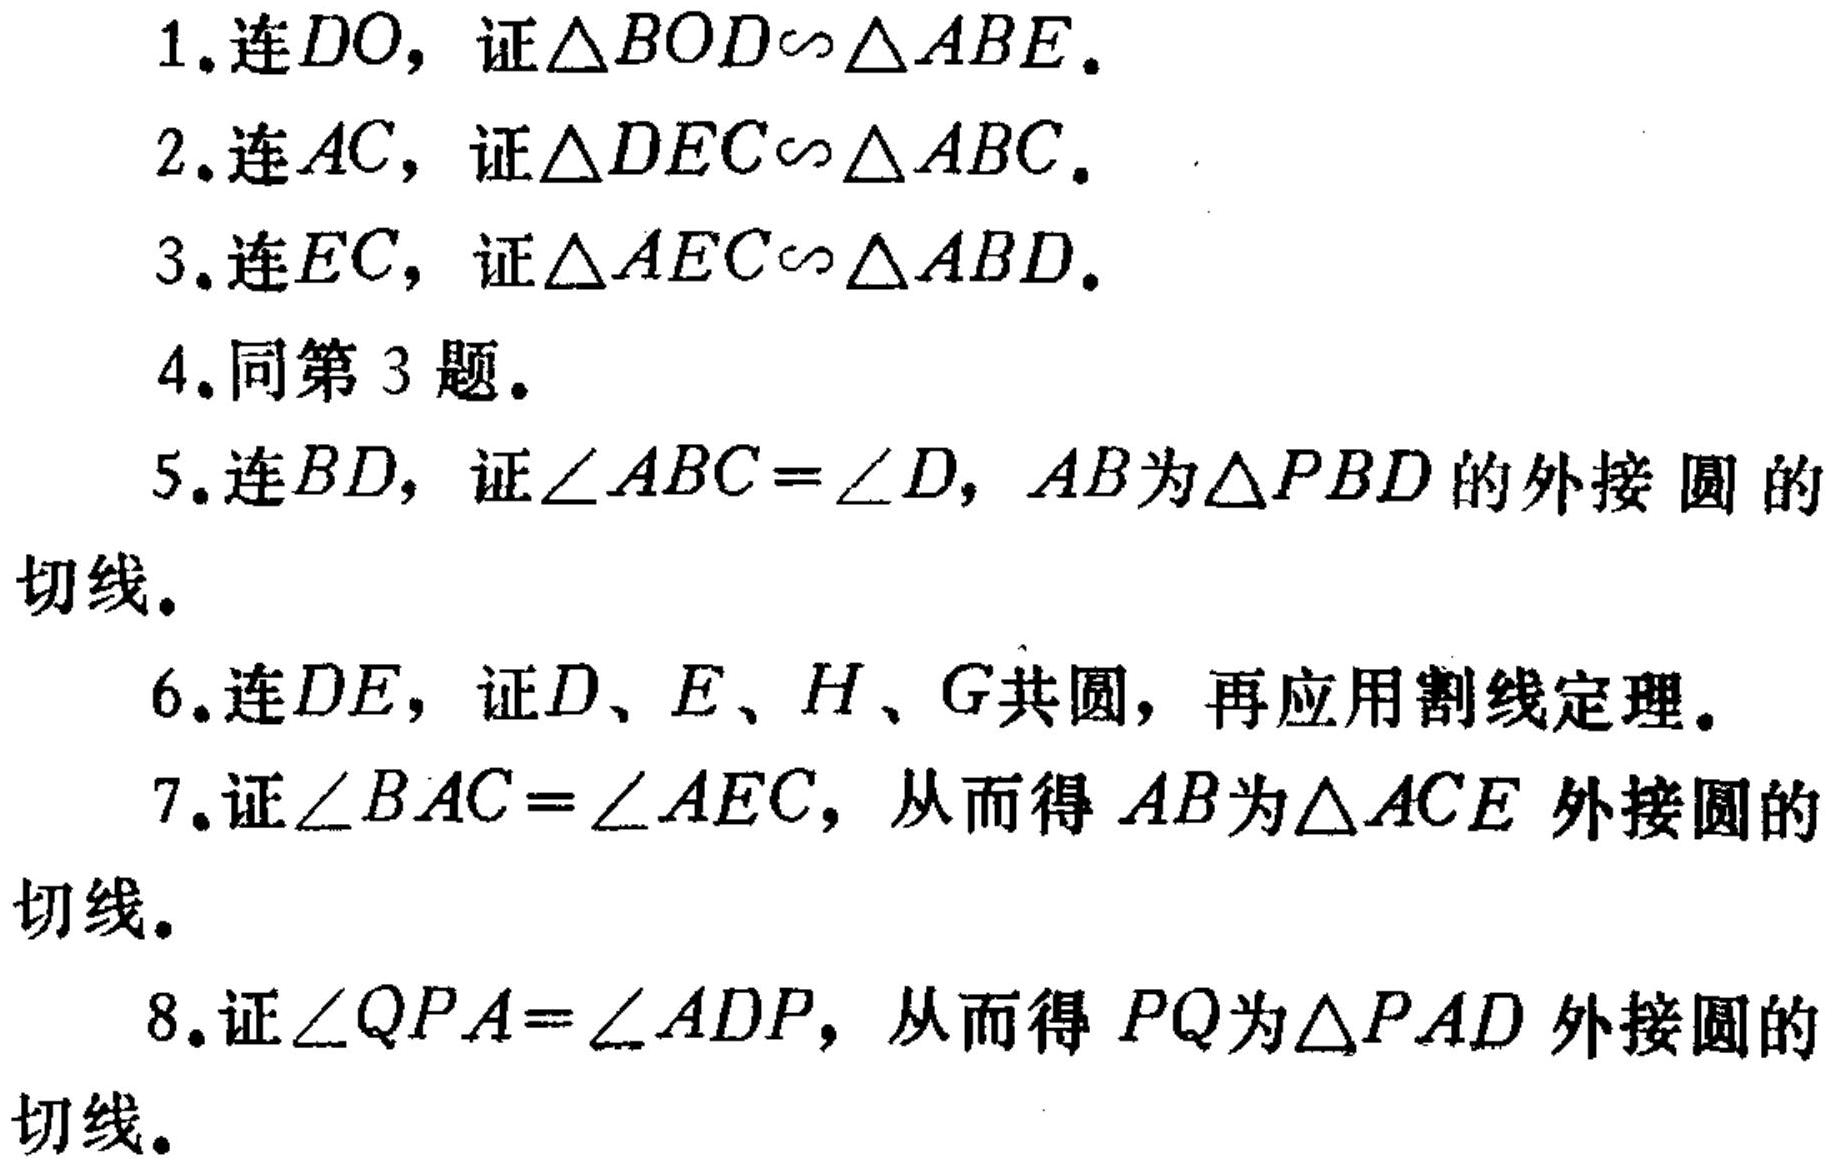
1.连\(DO\)，证\(\triangle BOD\sim\triangle ABE\).
2.连\(AC\)，证\(\triangle DEC\sim\triangle ABC\).
3.连\(EC\)，证\(\triangle AEC\sim\triangle ABD\).
4.同第3题.
5.连\(BD\)，证\(\angle ABC = \angle D\)，\(AB\)为\(\triangle PBD\)的外接圆的切线.
6.连\(DE\)，证\(D\)、\(E\)、\(H\)、\(G\)共圆，再应用割线定理.
7.证\(\angle BAC=\angle AEC\)，从而得\(AB\)为\(\triangle ACE\)外接圆的切线.
8.证\(\angle QPA = \angle ADP\)，从而得\(PQ\)为\(\triangle PAD\)外接圆的切线.